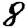
Digit: 8